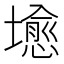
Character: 𪤣